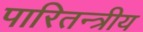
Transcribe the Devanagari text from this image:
पारितन्त्रीय